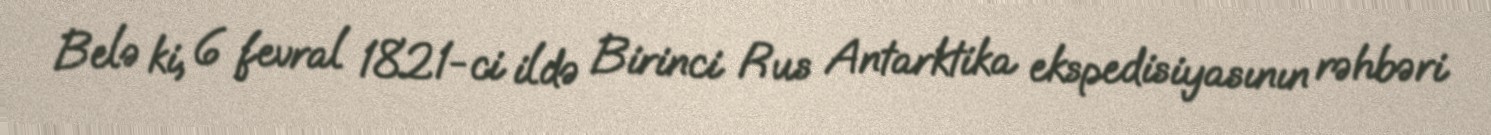
Belə ki, 6 fevral 1821-ci ildə Birinci Rus Antarktika ekspedisiyasının rəhbəri